Vaccine operations Central Provinces 1900-1911 - 1900-1911
Year: 1900
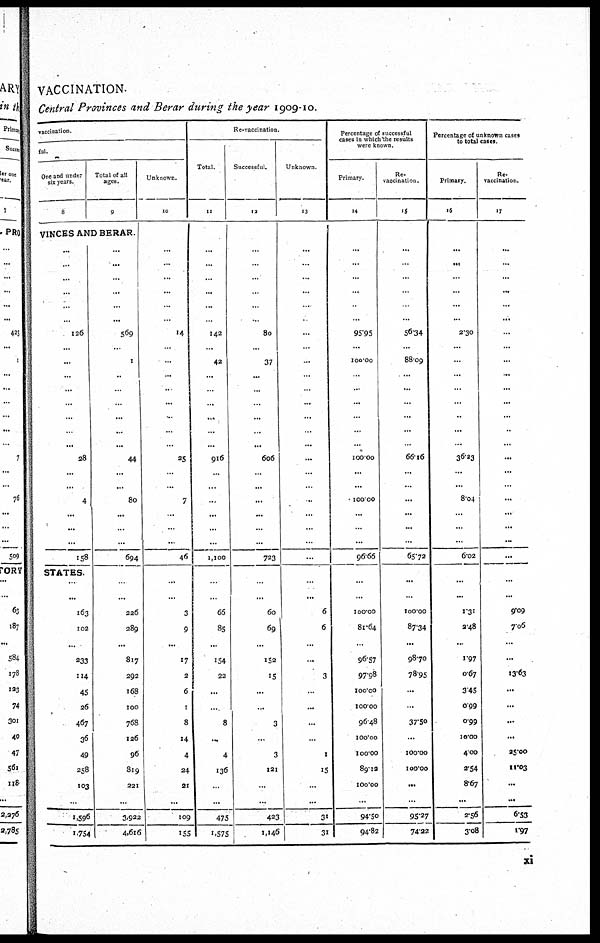
VACCINATION.
Central Provinces and Berar during the year 1909-10.
vaccination.
ful.
One and under
six years.
8
Total of all
ages.
9
VINCES AND BERAR.
...
...
...
...
...
...
126
...
...
...
...
...
...
...
...
28
...
...
4
...
...
...
158
STATES.
...
...
163
102
...
233
114
45
26
467
36
49
258
103
...
1,596
1,754
...
...
...
...
...
...
569
...
1
...
...
...
...
...
...
44
...
...
80
...
...
...
694
...
...
226
289
...
817
292
168
100
768
126
96
819
221
...
3,922
4,616
Unknown.
10
...
...
...
...
...
...
14
...
...
...
...
...
...
...
...
25
...
...
7
...
...
...
46
...
...
3
9
...
17
2
6
1
8
14
4
24
21
...
109
155
Re-vaccination.
Total
11
...
...
...
...
...
...
142
...
42
...
...
...
...
...
...
916
...
...
...
...
...
...
1,100
...
...
66
85
...
154
22
...
...
8
...
4
136
...
...
475
1,575
Successful.
12
...
...
...
...
...
...
80
...
37
...
...
...
...
...
...
606
...
...
...
...
...
...
723
...
...
60
69
...
152
15
...
...
3
...
3
121
...
...
423
1,146
Unknown
13
...
...
...
...
...
...
...
...
...
...
...
...
...
...
...
...
...
...
...
...
...
...
...
...
...
6
6
...
...
3
...
...
...
...
1
15
...
...
31
31
Percentage of successful
cases in which the results
were known.
Primary.
14
...
...
...
...
...
...
95.95
...
100.00
...
...
...
...
...
...
100.00
...
...
100.00
...
...
...
96.66
...
...
100.00
81.64
...
96.57
97.98
100.00
100.00
96.48
100.00
100.00
89.12
100.00
...
94.50
94.82
Re¬
vaccination.
15
...
...
...
...
...
...
56.34
...
88.09
...
...
...
...
...
...
66.16
...
...
...
...
...
...
65.72
...
...
100.00
87.34
...
98.70
78.95
...
...
37.50
...
100.00
100.00
...
...
95.27
74.22
Percentage of unknown cases
to total cases
Primary.
16
...
...
...
...
...
...
2.30
...
...
...
...
...
...
...
...
36.23
...
...
8.04
...
...
...
6.02
...
...
1.31
2.48
...
1.97
0.67
3.45
0.99
0.99
10.00
4.00
2.54
8.67
...
2.56
3.08
Re¬
vaccination.
17
...
...
...
...
...
...
...
...
...
...
...
...
...
...
...
...
...
...
...
...
...
...
...
...
...
9.09
7.06
...
...
13.63
...
...
...
...
25.00
11.03
...
...
6.53
1.97
xi